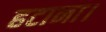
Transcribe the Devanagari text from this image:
हटाना।